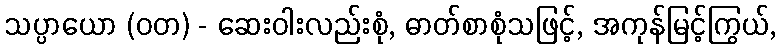
သပ္ပာယော (ဝတ) - ဆေးဝါးလည်းစုံ, ဓာတ်စာစုံသဖြင့်, အကုန်မြင့်ကြွယ်,